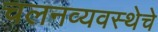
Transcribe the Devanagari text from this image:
चलनव्यवस्थेचे